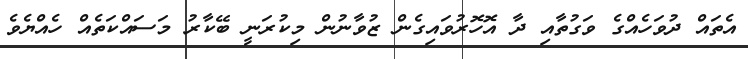
އެތައް ދުވަހެއްގެ ވަގުތާއި ދާ އޮހޮރުވައިގެން ޒުވާނުން މިކުރަނީ ބޭކާރު މަސައްކަތެއް ހެއްޔެވެ